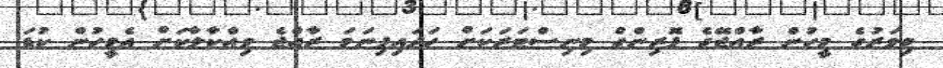
މިވަރުގެ މީހުން ރާއްޖޭގެ ފޮރިންގް މިނިސްޓަރަކަށް ހަދައިފިނަމަ ރާއްޖެ ވިއްކާލާކަށް އެމީހުން ކުޑަ